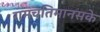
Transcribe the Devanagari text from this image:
रामचतिमानसके